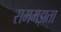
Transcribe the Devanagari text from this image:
सममझता